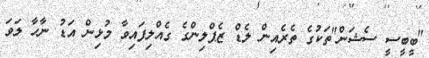
"ބީބީސީ ސެޝަން"ތަކުގެ ތެރެއިން ލެޑް ޒެޕްލިންގެ ގެއްލިފައިވާ މުޅިން އަޑު ނާހާ ލަވަ